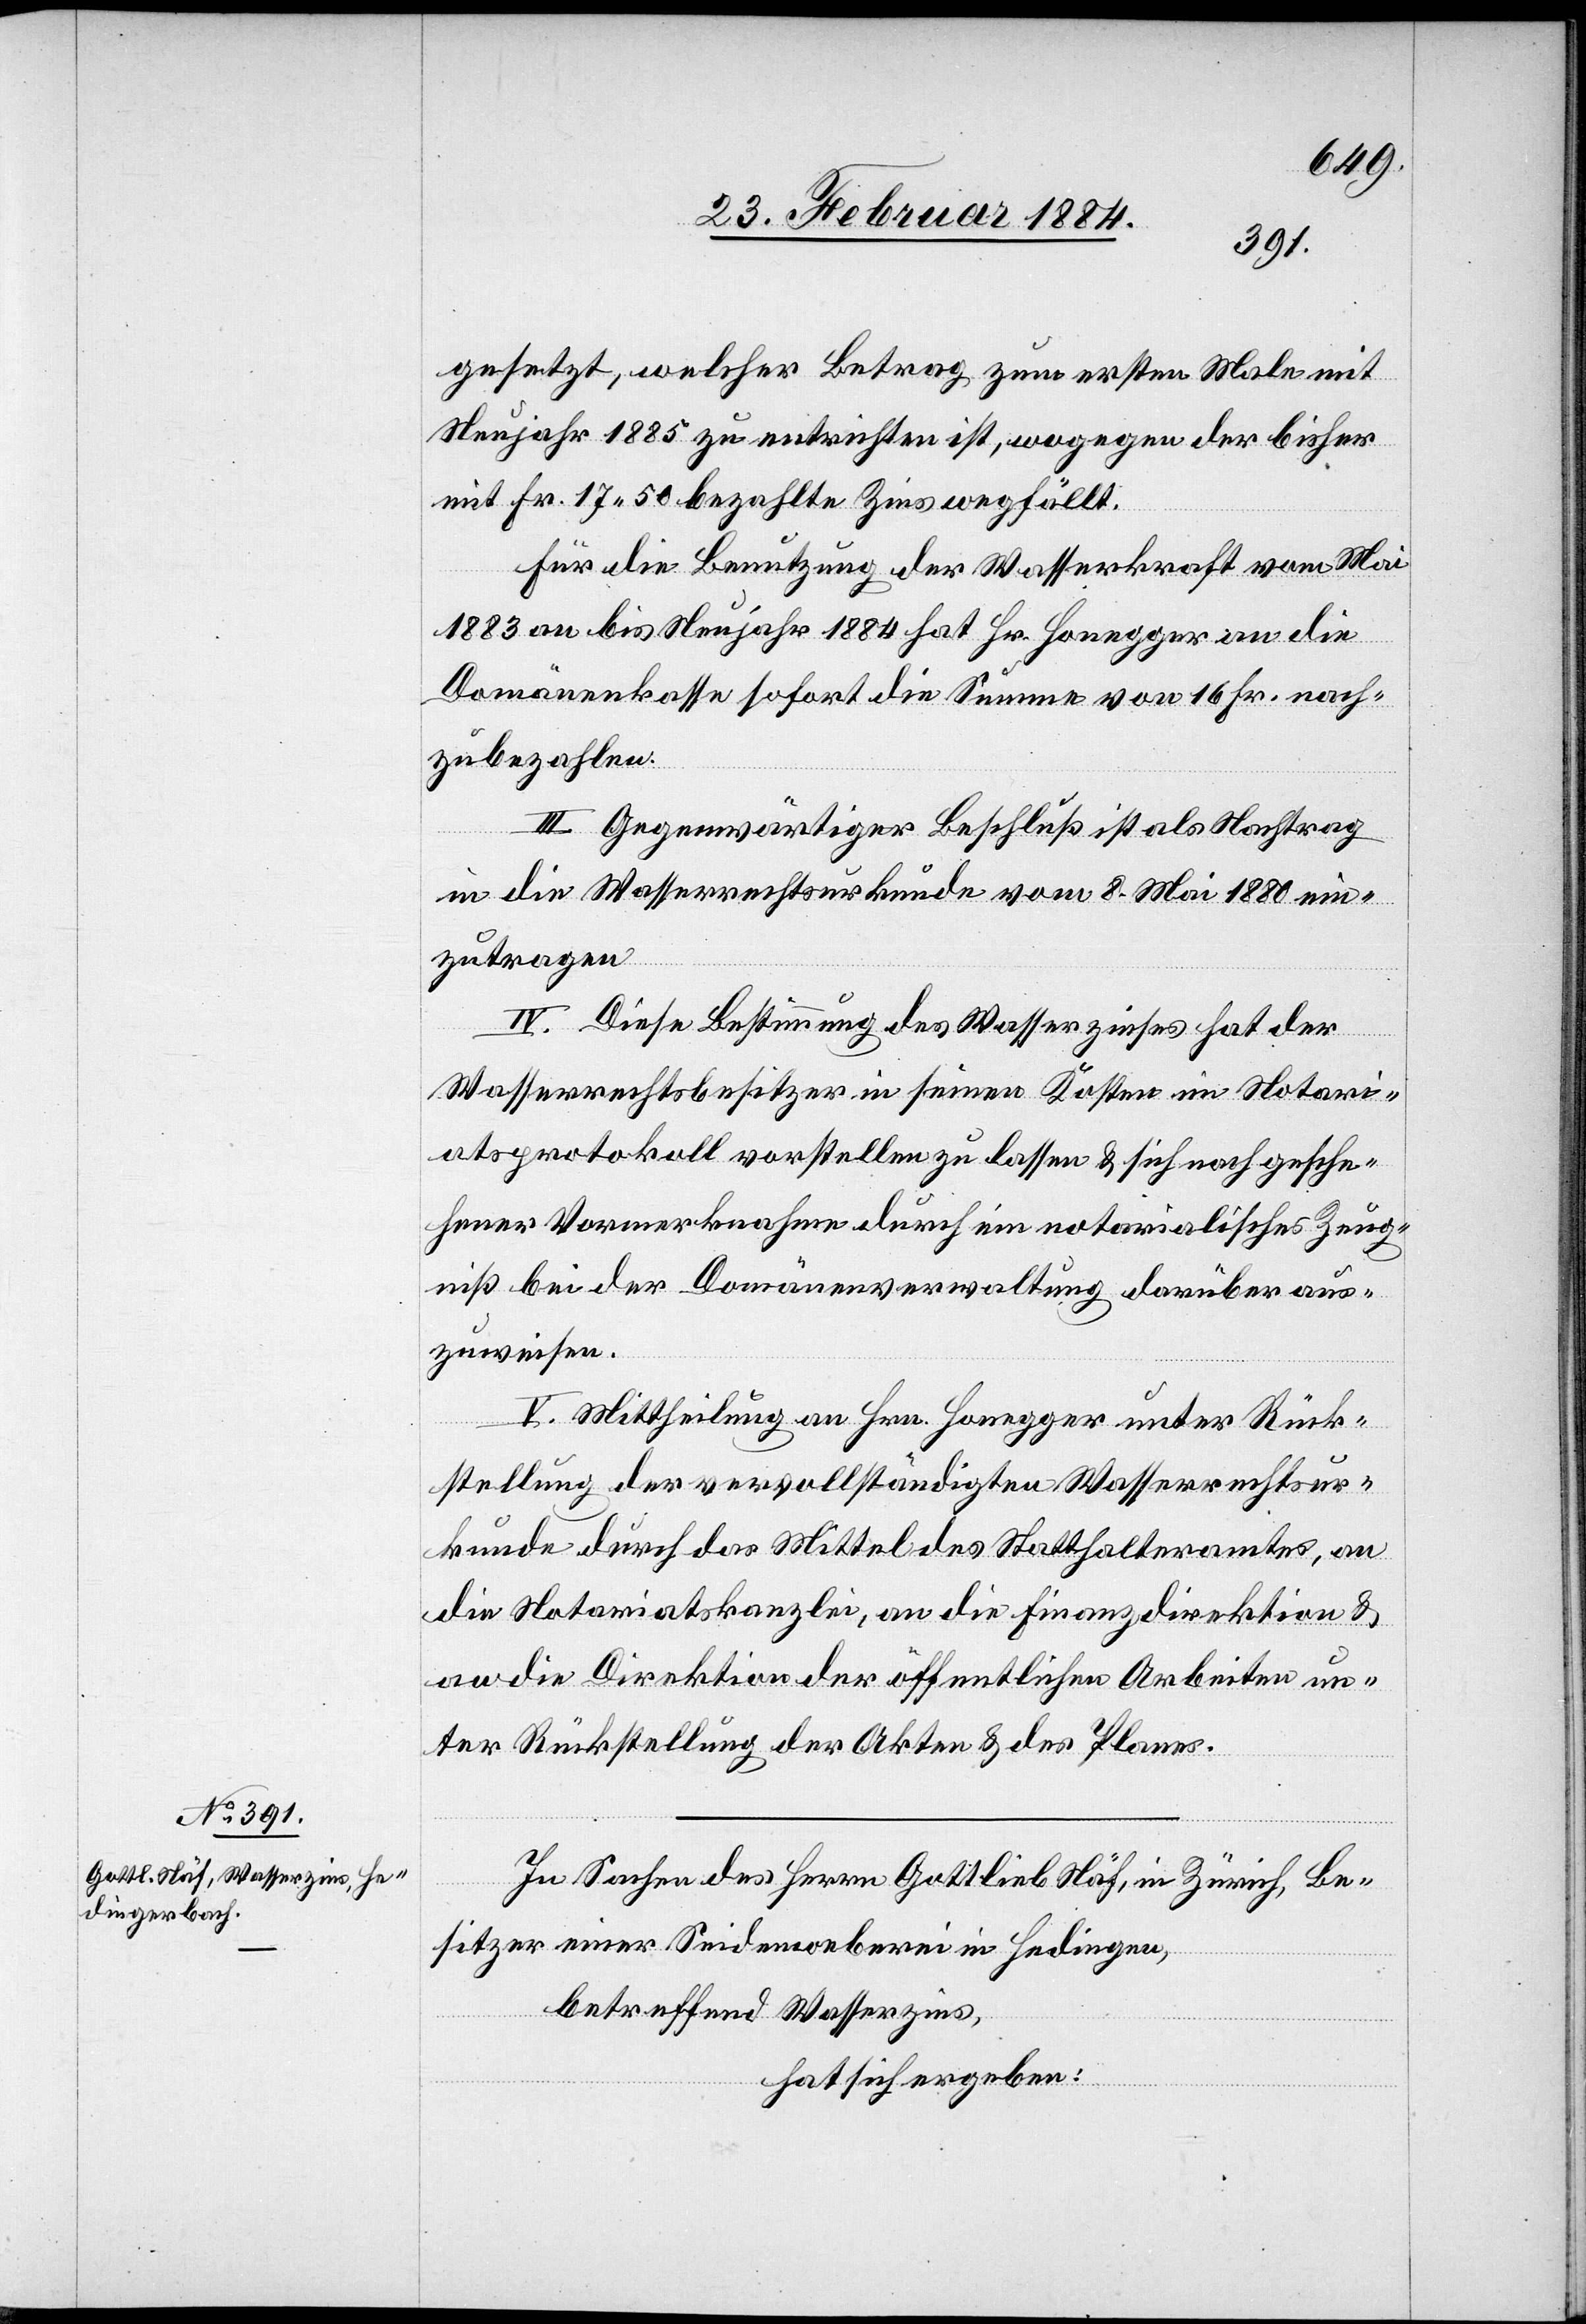
gesetzt, welcher Betrag zum ersten Male mit
Neujahr 1885 zu entrichten ist, wogegen der bisher
mit Fr. 17 50. bezahlte Zins wegfällt.
Für die Benutzung der Wasserkraft vom Mai
1883 an bis Neujahr 1884 hat Hr. Honegger an die
Domänenkasse sofort die Summe von 16 Fr. nach¬
zubezahlen.
III. Gegenwärtiger Beschluß ist als Nachtrag
in die Wasserrechtsurkunde vom 8. Mai 1880 ein¬
zutragen.
IV. Diese Bestimmung des Wasserzinses hat der
Wasserrechtsbesitzer in seinen Kosten im Notari¬
atsprotokoll vorstellen zu lassen & sich nach gesche¬
hener Vormerknahme durch ein notarialisches Zeug¬
niß bei der Domänenverwaltung darüber aus¬
zuweisen.
V. Mittheilung an Hrn. Honegger unter Rück¬
stellung der vervollständigten Wasserrechtsur¬
kunde durch das Mittel des Statthalteramtes, an
die Notariatskanzlei, an die Finanzdirektion &
an die Direktion der öffentlichen Arbeiten un¬
ter Rückstellung der Akten & des Planes.
In Sachen des Herrn Gottlieb Näf, in Zürich, Be¬
sitzer einer Seidenweberei in Hedingen,
betreffend Wasserzins,
hat sich ergeben: